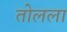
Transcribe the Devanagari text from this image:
तोलला